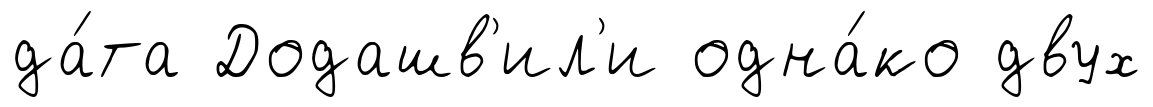
да́та Додашв'ил'и одна́ко двух